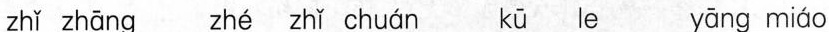
zhǐ zhāng zhè zhǐ kū le yāng miáo